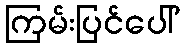
ကြမ်းပြင်ပေါ်